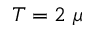
T = 2 ~ \mu